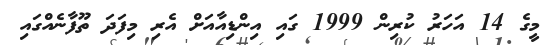
މީގެ 14 އަހަރު ކުރިން 1999 ގައި އިންޑިއާއަށް އެރި މިފަދަ ތޫފާނެއްގައި